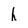
Character: h